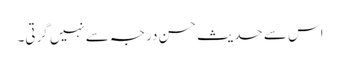
اس سے حدیث حسن درجہ سےنہیں گرتی۔